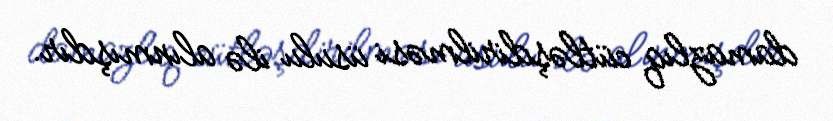
damazlıq cütləşdirilməsi üsulu ilə alınmışdır.